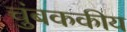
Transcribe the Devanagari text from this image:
चुंबककीय